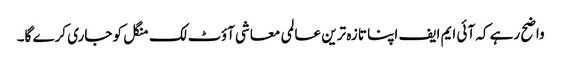
واضح رہے کہ آئی ایم ایف اپنا تازہ ترین عالمی معاشی آؤٹ لک منگل کو جاری کرے گا۔